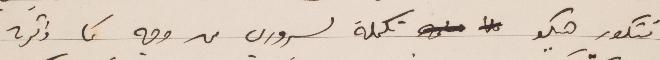
فكتور هيكو تكملة لسروري من وجه كما ذكرته